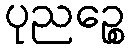
ပုညဉ္စေ